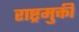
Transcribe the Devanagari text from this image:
राष्ट्रमुक्ती